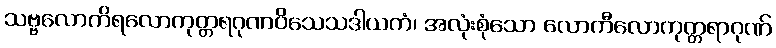
သဗ္ဗလောကိရလောကုတ္တရဂုဏဝိသေသဒါယကံ၊ အလုံးစုံသော လောကီလောကုတ္တရာဂုဏ်